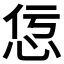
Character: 𢘢